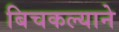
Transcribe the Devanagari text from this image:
बिचकल्याने